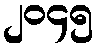
၂၀၄၅